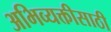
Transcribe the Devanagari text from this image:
अभिव्यक्तीसाठी